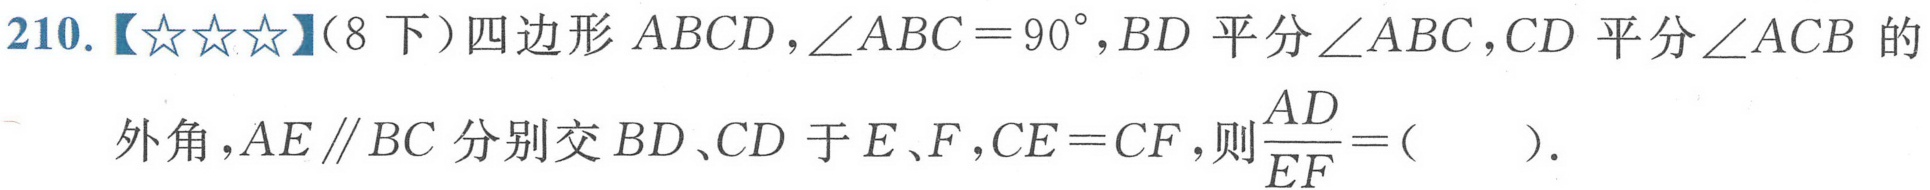
210.【★★★】(8 下）四边形 \(ABCD\)，\(\angle ABC = 90^{\circ}\)，\(BD\) 平分 \(\angle ABC\)，\(CD\) 平分 \(\angle ACB\) 的外角，\(AE\parallel BC\) 分别交 \(BD\)、\(CD\) 于 \(E\)、\(F\)，\(CE = CF\)，则\(\frac{AD}{EF}=(\ \ \ \ \ )\).